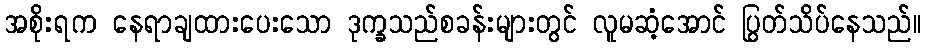
အစိုးရက နေရာချထားပေးသော ဒုက္ခသည်စခန်းများတွင် လူမဆံ့အောင် ပြွတ်သိပ်နေသည်။